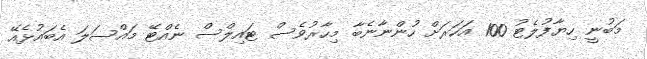
މަބުނީ ހިޔާފުލެޓު 100 އަހަރަށް ހުންނާނެބާ މިހާރުވެސް ޓައިލްސް ނެއްޓޭ މައްސަލަ އެބައުޅެއޭ